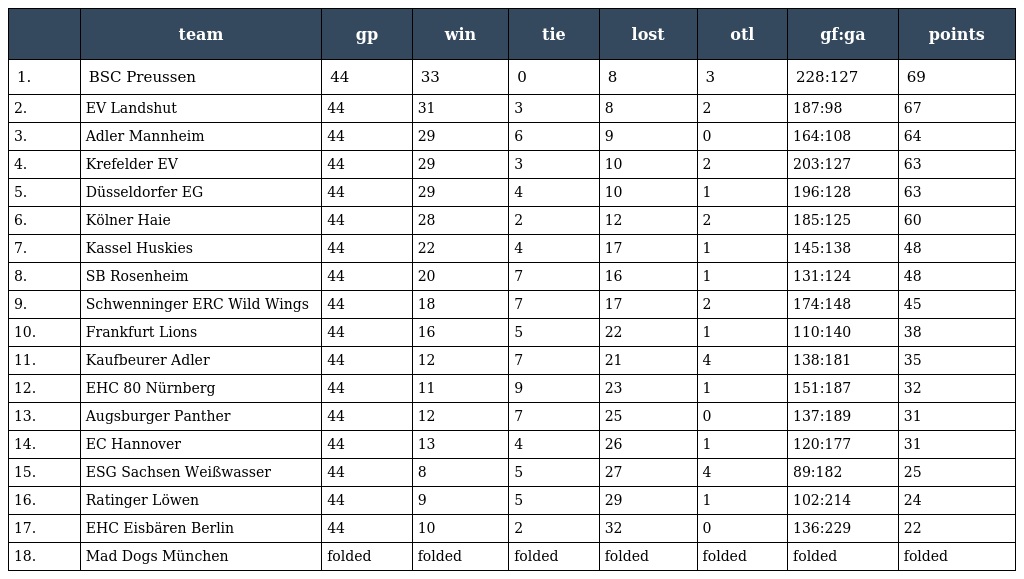
|  | team | gp | win | tie | lost | otl | gf:ga | points |
 | --- | --- | --- | --- | --- | --- | --- | --- | --- |
 | 1. | BSC Preussen | 44 | 33 | 0 | 8 | 3 | 228:127 | 69 |
 | 2. | EV Landshut | 44 | 31 | 3 | 8 | 2 | 187:98 | 67 |
 | 3. | Adler Mannheim | 44 | 29 | 6 | 9 | 0 | 164:108 | 64 |
 | 4. | Krefelder EV | 44 | 29 | 3 | 10 | 2 | 203:127 | 63 |
 | 5. | Düsseldorfer EG | 44 | 29 | 4 | 10 | 1 | 196:128 | 63 |
 | 6. | Kölner Haie | 44 | 28 | 2 | 12 | 2 | 185:125 | 60 |
 | 7. | Kassel Huskies | 44 | 22 | 4 | 17 | 1 | 145:138 | 48 |
 | 8. | SB Rosenheim | 44 | 20 | 7 | 16 | 1 | 131:124 | 48 |
 | 9. | Schwenninger ERC Wild Wings | 44 | 18 | 7 | 17 | 2 | 174:148 | 45 |
 | 10. | Frankfurt Lions | 44 | 16 | 5 | 22 | 1 | 110:140 | 38 |
 | 11. | Kaufbeurer Adler | 44 | 12 | 7 | 21 | 4 | 138:181 | 35 |
 | 12. | EHC 80 Nürnberg | 44 | 11 | 9 | 23 | 1 | 151:187 | 32 |
 | 13. | Augsburger Panther | 44 | 12 | 7 | 25 | 0 | 137:189 | 31 |
 | 14. | EC Hannover | 44 | 13 | 4 | 26 | 1 | 120:177 | 31 |
 | 15. | ESG Sachsen Weißwasser | 44 | 8 | 5 | 27 | 4 | 89:182 | 25 |
 | 16. | Ratinger Löwen | 44 | 9 | 5 | 29 | 1 | 102:214 | 24 |
 | 17. | EHC Eisbären Berlin | 44 | 10 | 2 | 32 | 0 | 136:229 | 22 |
 | 18. | Mad Dogs München | folded | folded | folded | folded | folded | folded | folded |